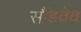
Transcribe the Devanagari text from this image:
सौंडवेव